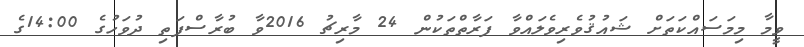
ވީމާ މިމަސައްކަތަށް ޝައުޤުވެރިވެލައްވާ ފަރާތްތަކުން 24 މާރިޗު 2016ވާ ބުރާސްފަތި ދުވަހުގެ 14:00ގެ